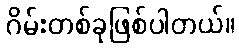
ဂိမ်းတစ်ခုဖြစ်ပါတယ်။